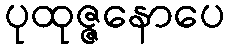
ပုထုဇ္ဇနောပေ